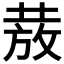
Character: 𭣺